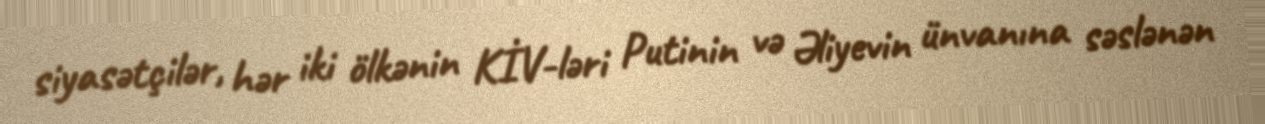
siyasətçilər, hər iki ölkənin KİV-ləri Putinin və Əliyevin ünvanına səslənən